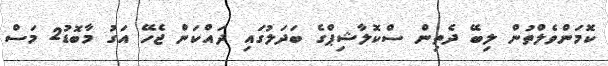
ކޮމަންވެލްތުން ލިބޭ ދެތިން ސްކޮލާޝިޕްގެ ބަދަލުގައި ދައްކަން ޖެހޭ އަގު މާބޮޑު2 މަސް